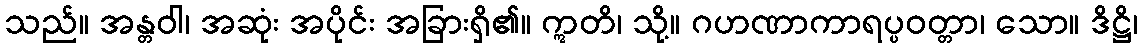
သည်။ အန္တဝါ၊ အဆုံး အပိုင်း အခြားရှိ၏။ ဣတိ၊ သို့။ ဂဟဏာကာရပ္ပဝတ္တာ၊ သော။ ဒိဋ္ဌိ၊